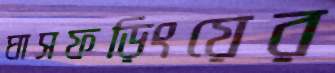
ঘাসফড়িংয়ের